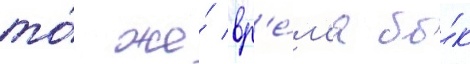
то́ же́ вр'е́м'я бы́к